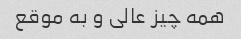
همه چیز عالی و به موقع